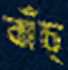
বাঁচ্‌